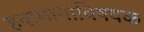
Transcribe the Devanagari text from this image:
हवामानाविषयक